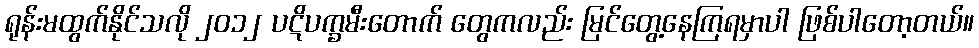
ရုန်းမထွက်နိုင်သလို ၂၀၁၂ ပဋိပက္ခမီးတောက် တွေကလည်း မြင်တွေ့နေကြရမှာပါ ဖြစ်ပါတော့တယ်။